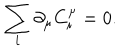
\sum _ { i } \partial _ { \mu } C _ { i } ^ { \mu } = 0 .